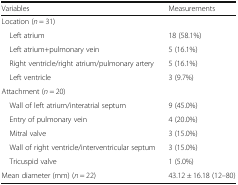
| Variables | Measurements |
 | --- | --- |
 | <COLSPAN=2> Location (n = 31) |
 | Left atrium | 18 (58.1%) |
 | Left atrium+pulmonary vein | 5 (16.1%) |
 | Right ventricle/right atrium/pulmonary artery | 5 (16.1%) |
 | Left ventricle | 3 (9.7%) |
 | <COLSPAN=2> Attachment (n = 20) |
 | Wall of left atrium/interatrial septum | 9 (45.0%) |
 | Entry of pulmonary vein | 4 (20.0%) |
 | Mitral valve | 3 (15.0%) |
 | Wall of right ventricle/interventricular septum | 3 (15.0%) |
 | Tricuspid valve | 1 (5.0%) |
 | Mean diameter (mm) (n = 22) | 43.12 ± 16.18 (12–80) |